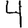
Digit: 4